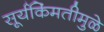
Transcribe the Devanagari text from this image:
सूर्यकिंमतीमुळे